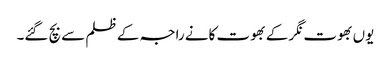
یوں بھوت نگر کے بھوت کانے راجہ کے ظلم سے بچ گئے۔